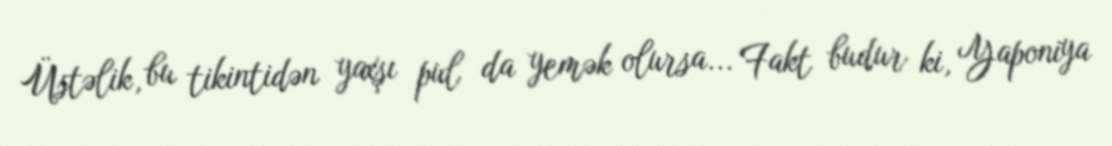
Üstəlik, bu tikintidən yaxşı pul da yemək olursa... Fakt budur ki, Yaponiya